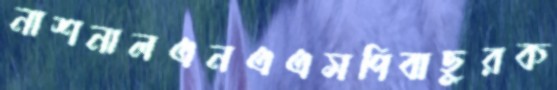
নাশনালএনএএসপিবাছুরক